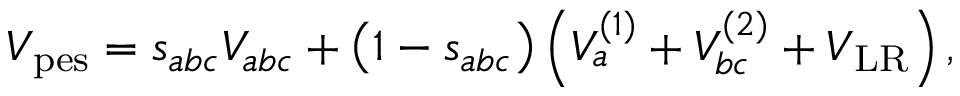
V _ { \mathrm { p e s } } = s _ { a b c } V _ { a b c } + \left( 1 - s _ { a b c } \right) \left( V _ { a } ^ { ( 1 ) } + V _ { b c } ^ { ( 2 ) } + V _ { \mathrm { L R } } \right) ,